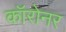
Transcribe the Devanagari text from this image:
कॉरोनर